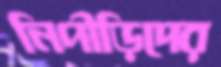
নিপীড়িদের